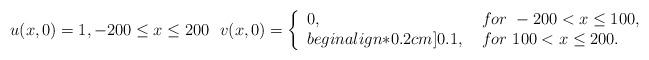
LaTeX: \begin{align*} u(x,0)=1, -200\leq x\leq200\ \ v(x,0)=\left\{ \begin{array}{ll} 0, &for\ -200<x\leq100,\\begin{align*}0.2cm] 0.1,\ &for\ 100<x\leq200. \end{array} \right.\end{align*}